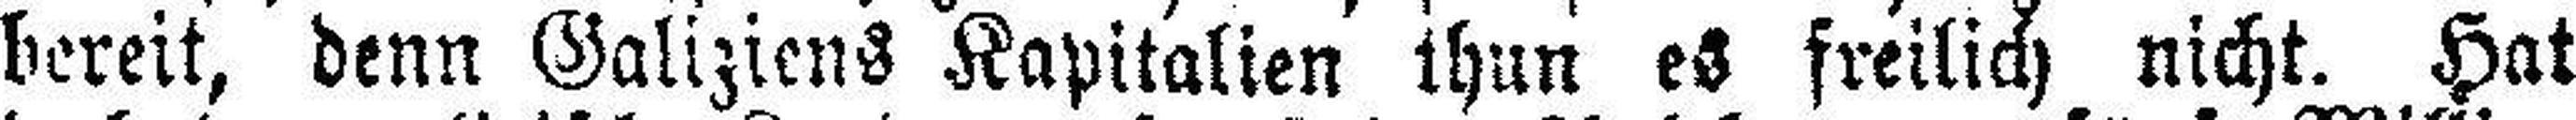
bereit, denn Galiziens Kapitalien thun es freilich nicht. Hat